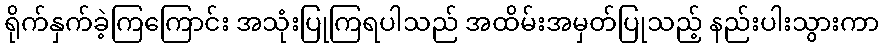
ရိုက်နှက်ခဲ့ကြကြောင်း အသုံးပြုကြရပါသည် အထိမ်းအမှတ်ပြုသည့် နည်းပါးသွားကာ